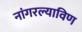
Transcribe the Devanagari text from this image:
नांगरल्याविण